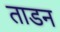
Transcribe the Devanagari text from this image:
ताडन